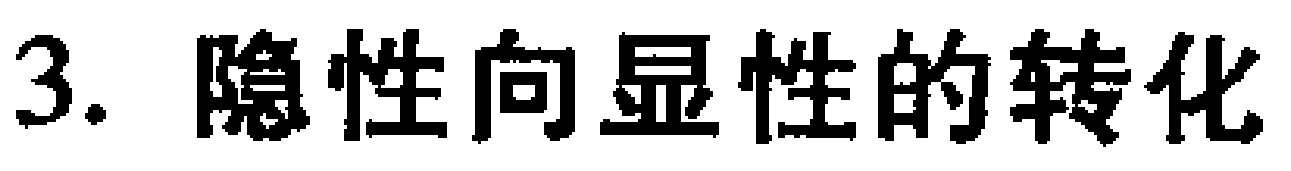
3. 隐性向显性的转化